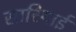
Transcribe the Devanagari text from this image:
सारियाई